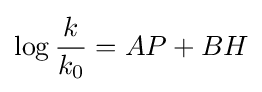
\log {\frac {k}{k_{0}}}=AP+BH